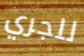
للجري